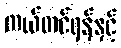
ကယ်တင်ရန်နှင့်